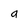
Character: a